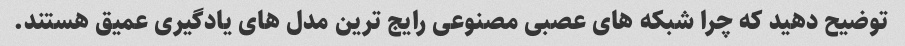
توضیح دهید که چرا شبکه های عصبی مصنوعی رایج ترین مدل های یادگیری عمیق هستند.